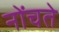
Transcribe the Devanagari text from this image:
नोंचते